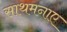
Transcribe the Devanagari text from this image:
साथमनाए